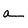
Character: a